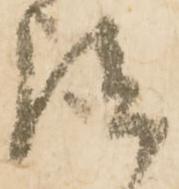
談